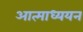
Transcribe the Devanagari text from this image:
आत्माध्ययन